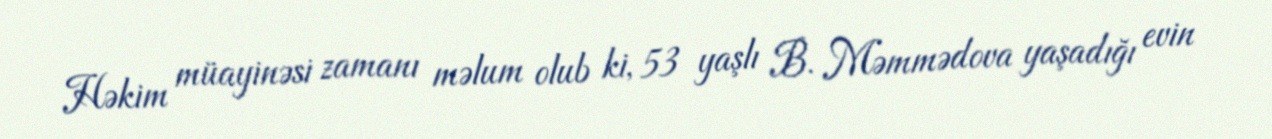
Həkim müayinəsi zamanı məlum olub ki, 53 yaşlı B. Məmmədova yaşadığı evin